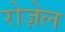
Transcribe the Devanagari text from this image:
रोज़ेल